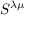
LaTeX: S ^ { \lambda \mu }